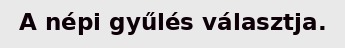
A népi gyűlés választja.